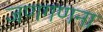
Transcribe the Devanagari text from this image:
जणगणना